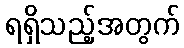
ရရှိသည့်အတွက်